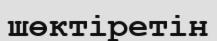
шөктіретін